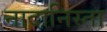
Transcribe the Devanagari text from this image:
नादानिस्ता